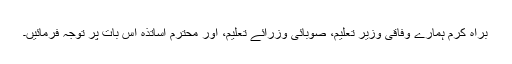
براہ کرم ہمارے وفاقی وزیر تعلیم، صوبائی وزرائے تعلیم، اور محترم اساتذہ اس بات پر توجہ فرمائیں۔